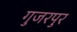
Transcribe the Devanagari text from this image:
गुजरपुर